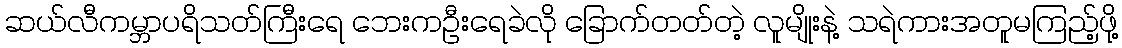
ဆယ်လီကမ္ဘာပရိသတ်ကြီးရေ ဘေးကဦးရေခဲလို ခြောက်တတ်တဲ့ လူမျိုးနဲ့ သရဲကားအတူမကြည့်ဖို့